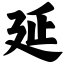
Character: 延